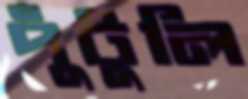
পুঁটুলি